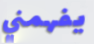
يفهمني